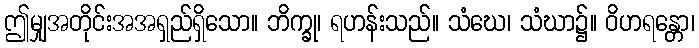
ဤမျှအတိုင်းအအရှည်ရှိသော။ ဘိက္ခု၊ ရဟန်းသည်။ သံဃေ၊ သံဃာ၌။ ဝိဟရန္တော၊